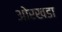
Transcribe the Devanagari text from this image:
ओरखडा